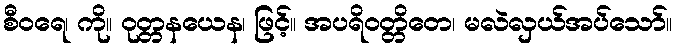
စီဝရေ၊ ကို။ ဝုတ္တနယေန၊ ဖြင့်။ အပရိဝတ္တိတေ၊ မလဲလှယ်အပ်သော်။